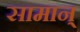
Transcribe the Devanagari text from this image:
सामान्